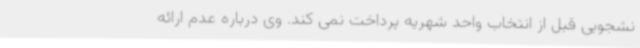
نشجویی قبل از انتخاب واحد شهریه پرداخت نمی کند. وی درباره عدم ارائه